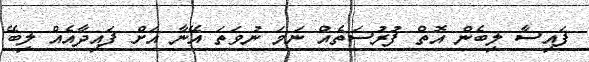
ފައިސާ ލިބެން އޮތް ފުރުސަތެއް ނަމަ ނުވަތަ އޭނާ އަށް ފައިދާއެއް ލިބޭ